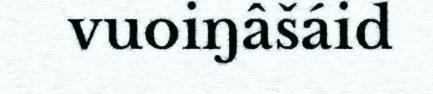
vuoiŋâšáid